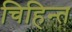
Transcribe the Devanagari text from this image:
चिहिन्त